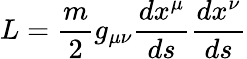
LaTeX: L={\frac{m}{2}}g_{\mu\nu}{\frac{dx^{\mu}}{ds}}{\frac{dx^{\nu}}{ds}}